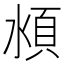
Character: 𰜏